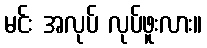
မင်း အလုပ် လုပ်ဖူးလား။